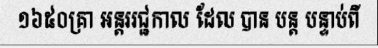
១៦៥០គ្រា អន្តររជ្ជកាល ដែល បាន បន្ត បន្ទាប់ពី